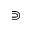
\Supset